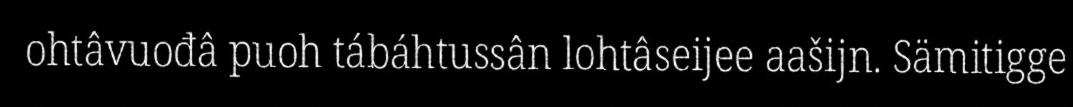
ohtâvuođâ puoh tábáhtussân lohtâseijee aašijn. Sämitigge